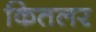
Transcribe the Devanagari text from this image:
कितलर